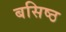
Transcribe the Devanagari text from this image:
बसिष्ठ